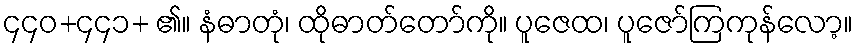
၄၄၀+၄၄၁+ ၏။ နံဓာတုံ၊ ထိုဓာတ်တော်ကို။ ပူဇေထ၊ ပူဇော်ကြကုန်လော့။